Indian journal of veterinary science and animal husbandry - Volume 11,
Year: 1941
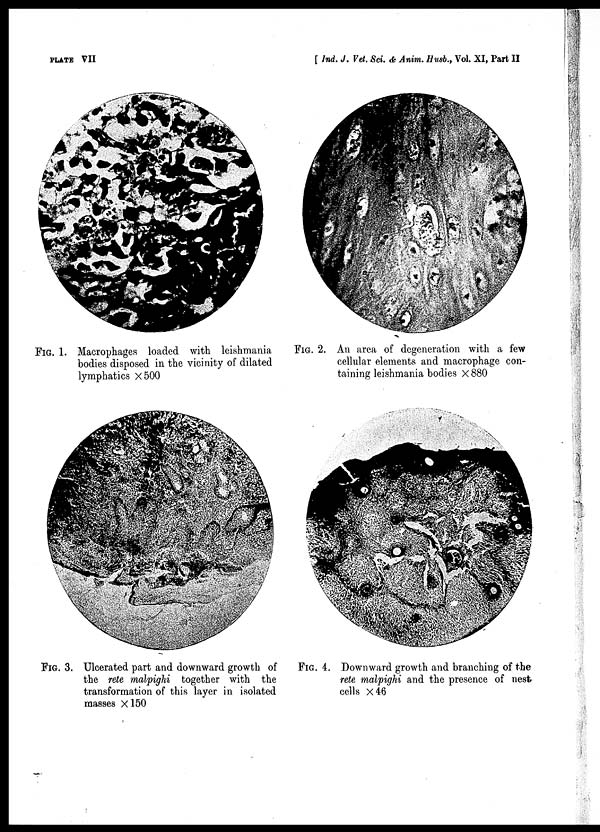
PLATE VII
[ Ind. J. Vet. Sci. & Anim. Husb., Vol. XI, Part II
FIG. 1. Macrophages loaded with leishmania
bodies disposed in the vicinity of dilated
lymphatics ×500
FIG. 2. An area of degeneration with a few
cellular elements and macrophage con-
taining leishmania bodies × 880
FIG. 3. Ulcerated part and downward growth of
the rete malpighi together with the
transformation of this layer in isolated
masses ×150
FIG. 4. Downward growth and branching of the
rete malpighi and the presence of nest
cells ×46